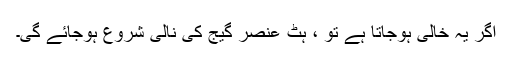
اگر یہ خالی ہوجاتا ہے تو ، ہٹ عنصر گیج کی نالی شروع ہوجائے گی۔